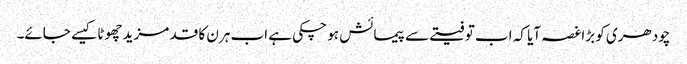
چودھری کو بڑاغصہ آیا کہ اب تو فیتے سے پیمائش ہو چکی ہے اب ہرن کا قد مزید چھوٹا کیسے جائے۔